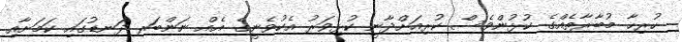
ހުރިހާ މުބާރާތެއްގެ ކުޅުންވެސް ކުރިއަށްދާނީ ކުޅިވަރު އެކުވެނީގެ އެއް ނަންބަރ ދަނޑުގައި ކަމަށާއި